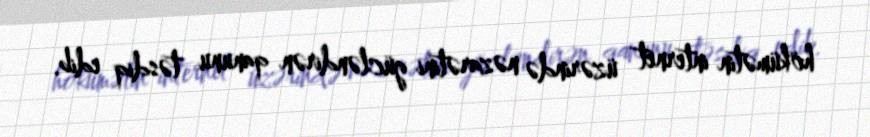
hökümətin internet üzərində nəzarətini gücləndirən qanunu təsdiq edib.